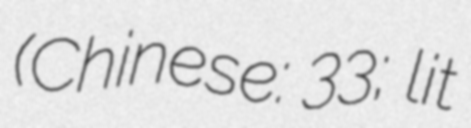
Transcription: (Chinese: 失恋33天; lit